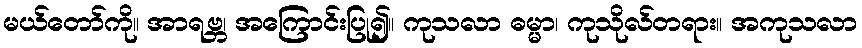
မယ်တော်ကို။ အာရဗ္ဘ၊ အကြောင်းပြု၍။ ကုသလာ ဓမ္မာ၊ ကုသိုလ်တရား။ အကုသလာ